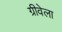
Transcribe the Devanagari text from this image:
ग्रीवेला